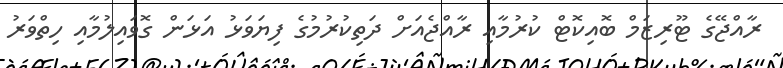
ރާއްޖޭގެ ޓޫރިޒަމް ބޮއިކޮޓް ކުރުމާއި ރާއްޖެއަށް ދަތިކުރުމުގެ ފިޔަވަޅު އަޅަން ގޮވައިލުމާއި ހިތްވަރު